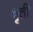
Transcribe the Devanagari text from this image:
श्रृती